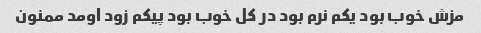
مزش خوب بود یکم نرم بود در کل خوب بود پیکم زود اومد ممنون